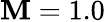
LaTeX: \mathbf{M}=1.0